Scientific memoirs by medical officers of the Army of India - Part III,
Year: 1887
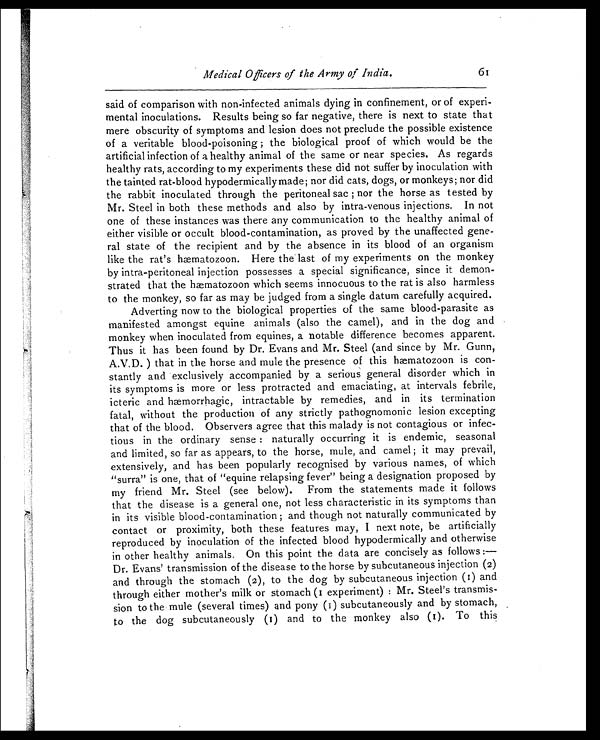
Medical Officers of the Army of India.
61
said of comparison with non-infected animals dying in confinement, or of experi
-mental inoculations. Results being so far negative, there is next to state that
mere obscurity of symptoms and lesion does not preclude the possible existence
of a veritable blood-poisoning; the biological proof of which would be the
artificial infection of a healthy animal of the same or near species. As regards
healthy rats, according to my experiments these did not suffer by inoculation with
the tainted rat-blood hypodermically made; nor did cats, dogs, or monkeys; nor did
the rabbit inoculated through the peritoneal sac; nor the horse as tested by
Mr. Steel in both these methods and also by intra-venous injections. In not
one of these instances was there any communication to the healthy animal of
either visible or occult blood-contamination, as proved by the unaffected gene
-ral state of the recipient and by the absence in its blood of an organism
like the rat's hæmatozoon. Here the last of my experiments on the monkey
by intra-peritoneal injection possesses a special significance, since it demon
-strated that the hæmatozoon which seems innocuous to the rat is also harmless
to the monkey, so far as may be judged from a single datum carefully acquired.
Adverting now to the biological properties of the same blood-parasite as
manifested amongst equine animals (also the camel), and in the dog and
monkey when inoculated from equines, a notable difference becomes apparent.
Thus it has been found by Dr. Evans and Mr. Steel (and since by Mr. Gunn,
A.V.D. ) that in the horse and mule the presence of this hæmatozoon is con
-stantly and exclusively accompanied by a serious general disorder which in
its symptoms is more or less protracted and emaciating, at intervals febrile,
icteric and hæmorrhagic, intractable by remedies, and in its termination
fatal, without the production of any strictly pathognomonic lesion excepting
that of the blood. Observers agree that this malady is not contagious or infec
-tious in the ordinary sense: naturally occurring it is endemic, seasonal
and limited, so far as appears, to the horse, mule, and camel; it may prevail,
extensively, and has been popularly recognised by various names, of which
"surra" is one, that of "equine relapsing fever" being a designation proposed by
my friend Mr. Steel (see below). From the statements made it follows
that the disease is a general one, not less characteristic in its symptoms than
in its visible blood-contamination; and though not naturally communicated by
contact or proximity, both these features may, I next note, be artificially
reproduced by inoculation of the infected blood hypodermically and otherwise
in other healthy animals. On this point the data are concisely as follows:—-
Dr. Evans' transmission of the disease to the horse by subcutaneous injection (2)
and through the stomach (2), to the dog by subcutaneous injection (1) and
through either mother's milk or stomach (1 experiment): Mr. Steel's transmis
-sion to the mule (several times) and pony (1) subcutaneously and by stomach,
to the dog subcutaneously (1) and to the monkey also (1). To this